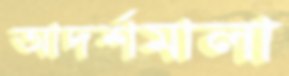
আদর্শমালা